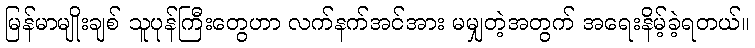
မြန်မာမျိုးချစ် သူပုန်ကြီးတွေဟာ လက်နက်အင်အား မမျှတဲ့အတွက် အရေးနိမ့်ခဲ့ရတယ်။